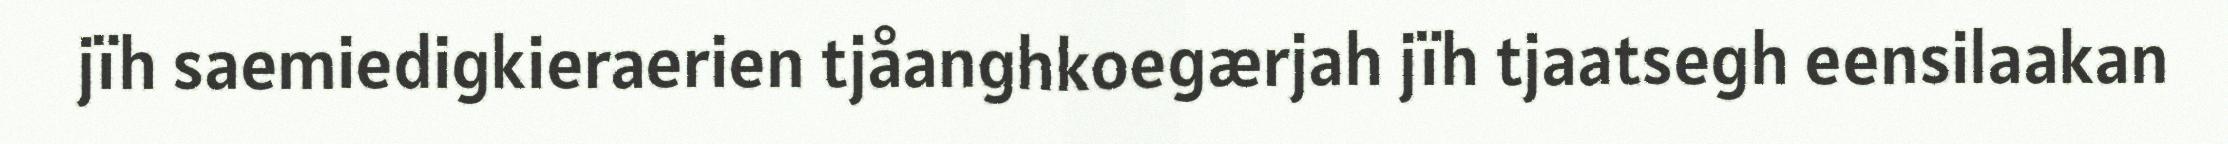
jïh saemiedigkieraerien tjåanghkoegærjah jïh tjaatsegh eensilaakan